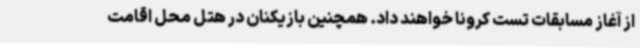
از آغاز مسابقات تست کرونا خواهند داد. همچنین بازیکنان در هتل محل اقامت